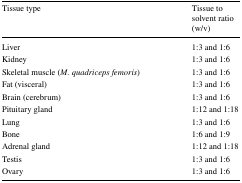
<table><thead><tr><td><b>Tissue type</b></td><td><b>Tissue to solvent ratio (w/v)</b></td></tr></thead><tbody><tr><td>Liver</td><td>1:3 and 1:6</td></tr><tr><td>Kidney</td><td>1:3 and 1:6</td></tr><tr><td>Skeletal muscle (<i>M. quadriceps femoris</i>)</td><td>1:3 and 1:6</td></tr><tr><td>Fat (visceral)</td><td>1:3 and 1:6</td></tr><tr><td>Brain (cerebrum)</td><td>1:3 and 1:6</td></tr><tr><td>Pituitary gland</td><td>1:12 and 1:18</td></tr><tr><td>Lung</td><td>1:3 and 1:6</td></tr><tr><td>Bone</td><td>1:6 and 1:9</td></tr><tr><td>Adrenal gland</td><td>1:12 and 1:18</td></tr><tr><td>Testis</td><td>1:3 and 1:6</td></tr><tr><td>Ovary</td><td>1:3 and 1:6</td></tr></tbody></table>